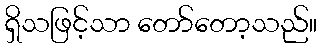
ရှိသဖြင့်သာ တော်တော့သည်။